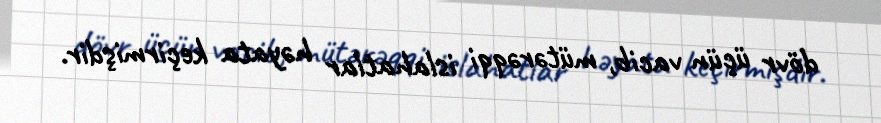
dövr üçün vacib, mütərəqqi islahatlar həyata keçirmişdir.